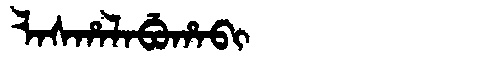
Manchu: ᠯᠠᠰᡥᠠᠯᠠᠪᡠᡥᠠᠪᡳ
Romanization: LASHALABUHABI